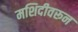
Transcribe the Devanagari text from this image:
मशिदीवरून